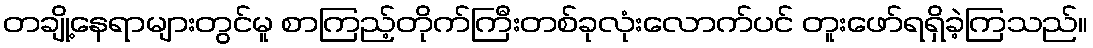
တချို့နေရာများတွင်မူ စာကြည့်တိုက်ကြီးတစ်ခုလုံးလောက်ပင် တူးဖော်ရရှိခဲ့ကြသည်။